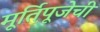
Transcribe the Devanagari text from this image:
मूर्तिपूजेची